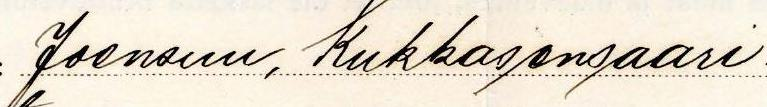
Joensuu, kukkasensaari